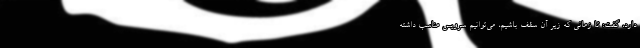
دارد، گفت: تا زمانی که زیر آن سقف باشیم، می‌توانیم سرویس مناسب داشته